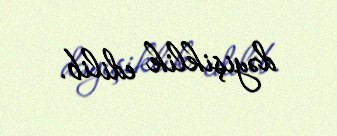
dəyişiklik edilib.